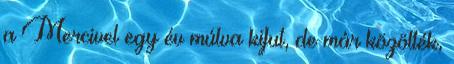
a Mercivel egy év múlva kifut, de már közölték,